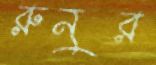
রুনুর